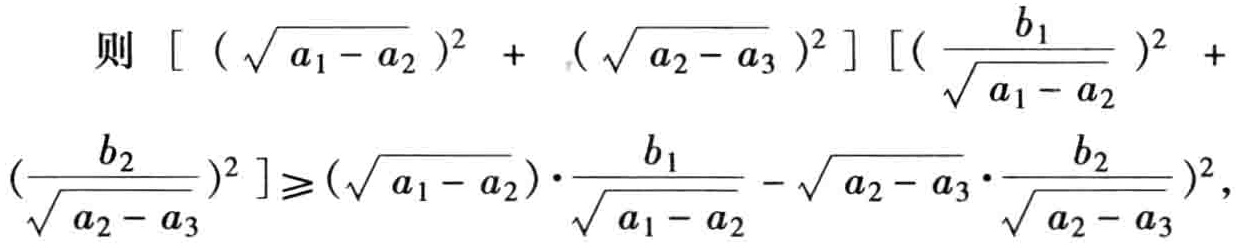
则 \([(\sqrt{a_{1}-a_{2}})^2 + (\sqrt{a_{2}-a_{3}})^2][(\frac{b_{1}}{\sqrt{a_{1}-a_{2}}})^2 + (\frac{b_{2}}{\sqrt{a_{2}-a_{3}}})^2]\geqslant(\sqrt{a_{1}-a_{2}})\cdot\frac{b_{1}}{\sqrt{a_{1}-a_{2}}}-\sqrt{a_{2}-a_{3}}\cdot\frac{b_{2}}{\sqrt{a_{2}-a_{3}}})^2\)